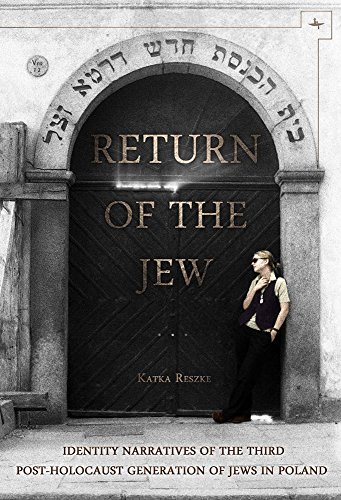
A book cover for Return of the Jew: Identity Narratives of the Third Post-Holocaust Generation of Jews in Poland (Jews of Poland); Katka Reszke; Politics & Social Sciences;